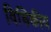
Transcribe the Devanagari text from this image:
विधिकीय